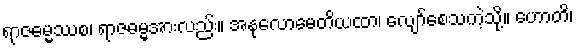
ရာဇဓမ္မဿစ၊ ရာဇဓမ္မအားလည်း။ အနုလောမေတိယထာ၊ လျော်စေသကဲ့သို့။ ဟောတိ၊